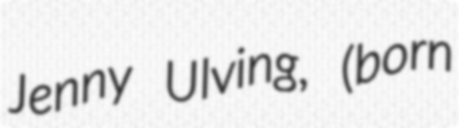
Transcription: Jenny Ulving, (born